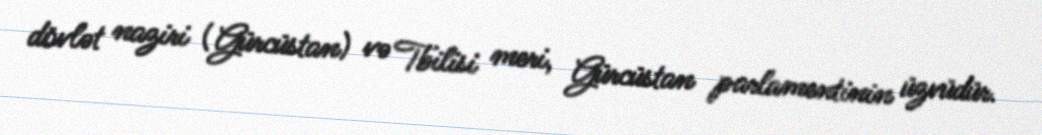
dövlət naziri (Gürcüstan) və Tbilisi meri, Gürcüstan parlamentinin üzvüdür.